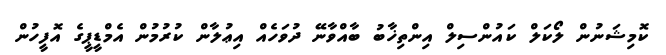
ކޮމިޝަނުން ލޯކަލް ކައުންސިލް އިންތިޚާބު ބާއްވާނޭ ދުވަހެއް އިޢުލާން ކުރުމުން އެމްޑީޕީގެ އޮފީހުން